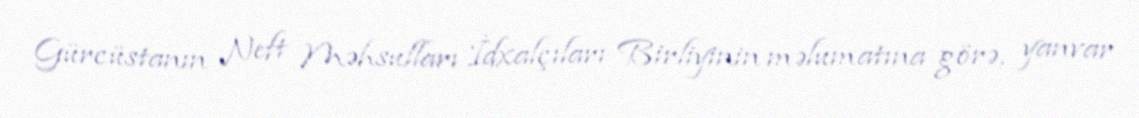
Gürcüstanın Neft Məhsulları İdxalçıları Birliyinin məlumatına görə, yanvar